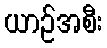
ယာဉ်အစီး